Vaccination in Burma 1920-1933 - 1920-1933
Year: 1920
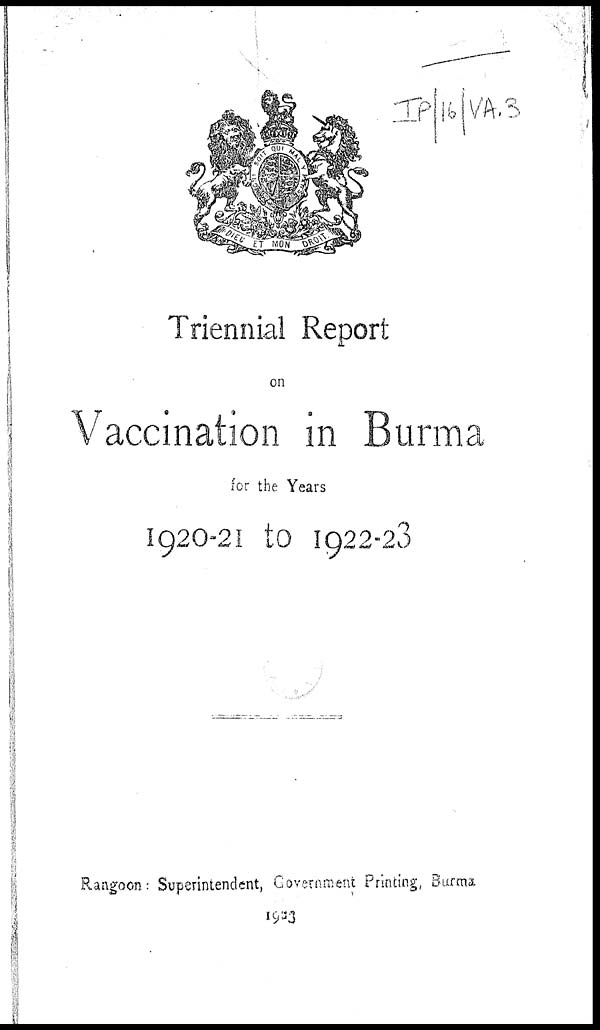
Triennial Report
on
Vaccination in Burma
for the Years
1920-21 to 1922-23
Rangoon: Superintendent, Government Printing, Burma
1903